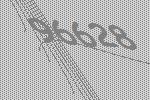
96628